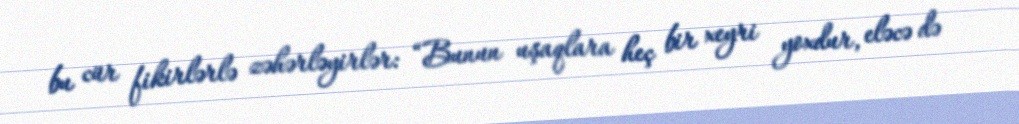
bu cür fikirlərlə zəhərləyirlər: “Bunun uşaqlara heç bir xeyri yoxdur, eləcə də